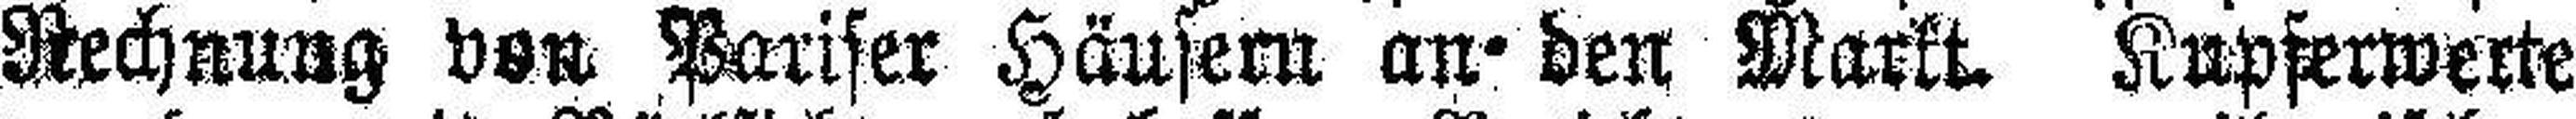
Rechnung von Pariser Häusern an den Markt. Kupferwerte